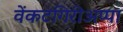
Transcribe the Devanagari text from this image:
वेंकटगिरीअप्पा